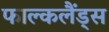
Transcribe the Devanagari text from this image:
फाल्कलैंड्स